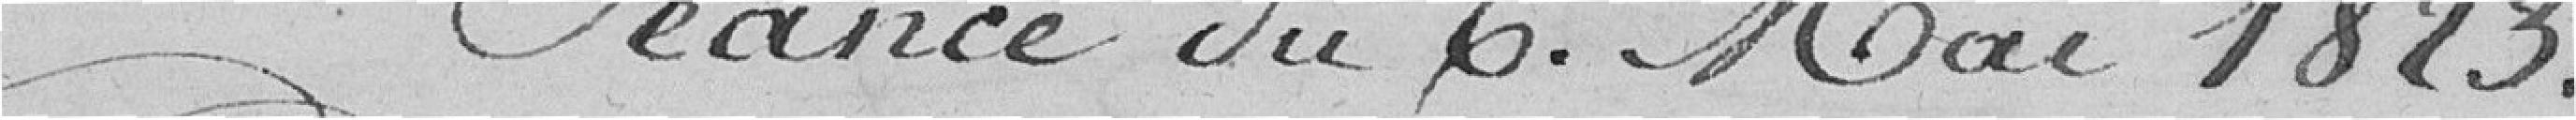
Séance du 6 mai 1823